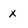
Character: x